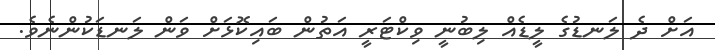
އަށް ދެ ލަނޑުގެ ލީޑެއް ލިބުނީ ވިކްޓަރީ އަތުން ބައިކޮޅަށް ވަން ލަނޑަކުންނެވެ.